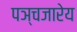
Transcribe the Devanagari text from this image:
पञ्चजारेय